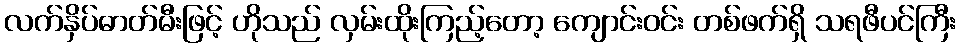
လက်နှိပ်ဓာတ်မီးဖြင့် ဟိုသည် လှမ်းထိုးကြည့်တော့ ကျောင်းဝင်း တစ်ဖက်ရှိ သရဖီပင်ကြီး